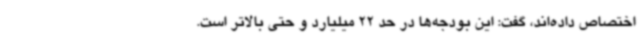
اختصاص داده‌اند، گفت: این بودجه‌ها در حد 22 میلیارد و حتی بالاتر است.